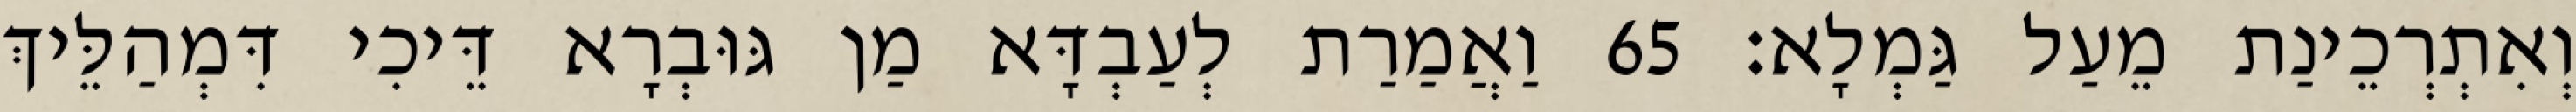
וְאִתְרְכֵינַת מֵעַל גַּמְלָא׃ 65 וַאֲמַרַת לְעַבְדָּא מַן גּוּבְרָא דֵּיכִי דִּמְהַלֵּיךְ